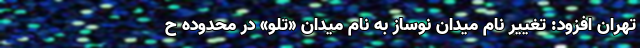
تهران افزود: تغییر نام میدان نوساز به نام میدان «تلو» در محدوده ح